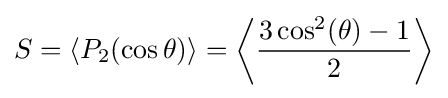
S=\langle P_{2}(\cos \theta )\rangle =\left\langle {\frac {3\cos ^{2}(\theta )-1}{2}}\right\rangle